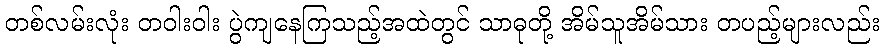
တစ်လမ်းလုံး တဝါးဝါး ပွဲကျနေကြသည့်အထဲတွင် သာဓုတို့ အိမ်သူအိမ်သား တပည့်များလည်း